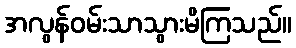
အလွန်ဝမ်းသာသွားမိကြသည်။